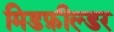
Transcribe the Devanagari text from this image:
मिडफ़ील्डर